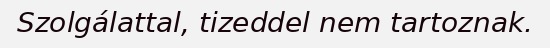
Szolgálattal, tizeddel nem tartoznak.